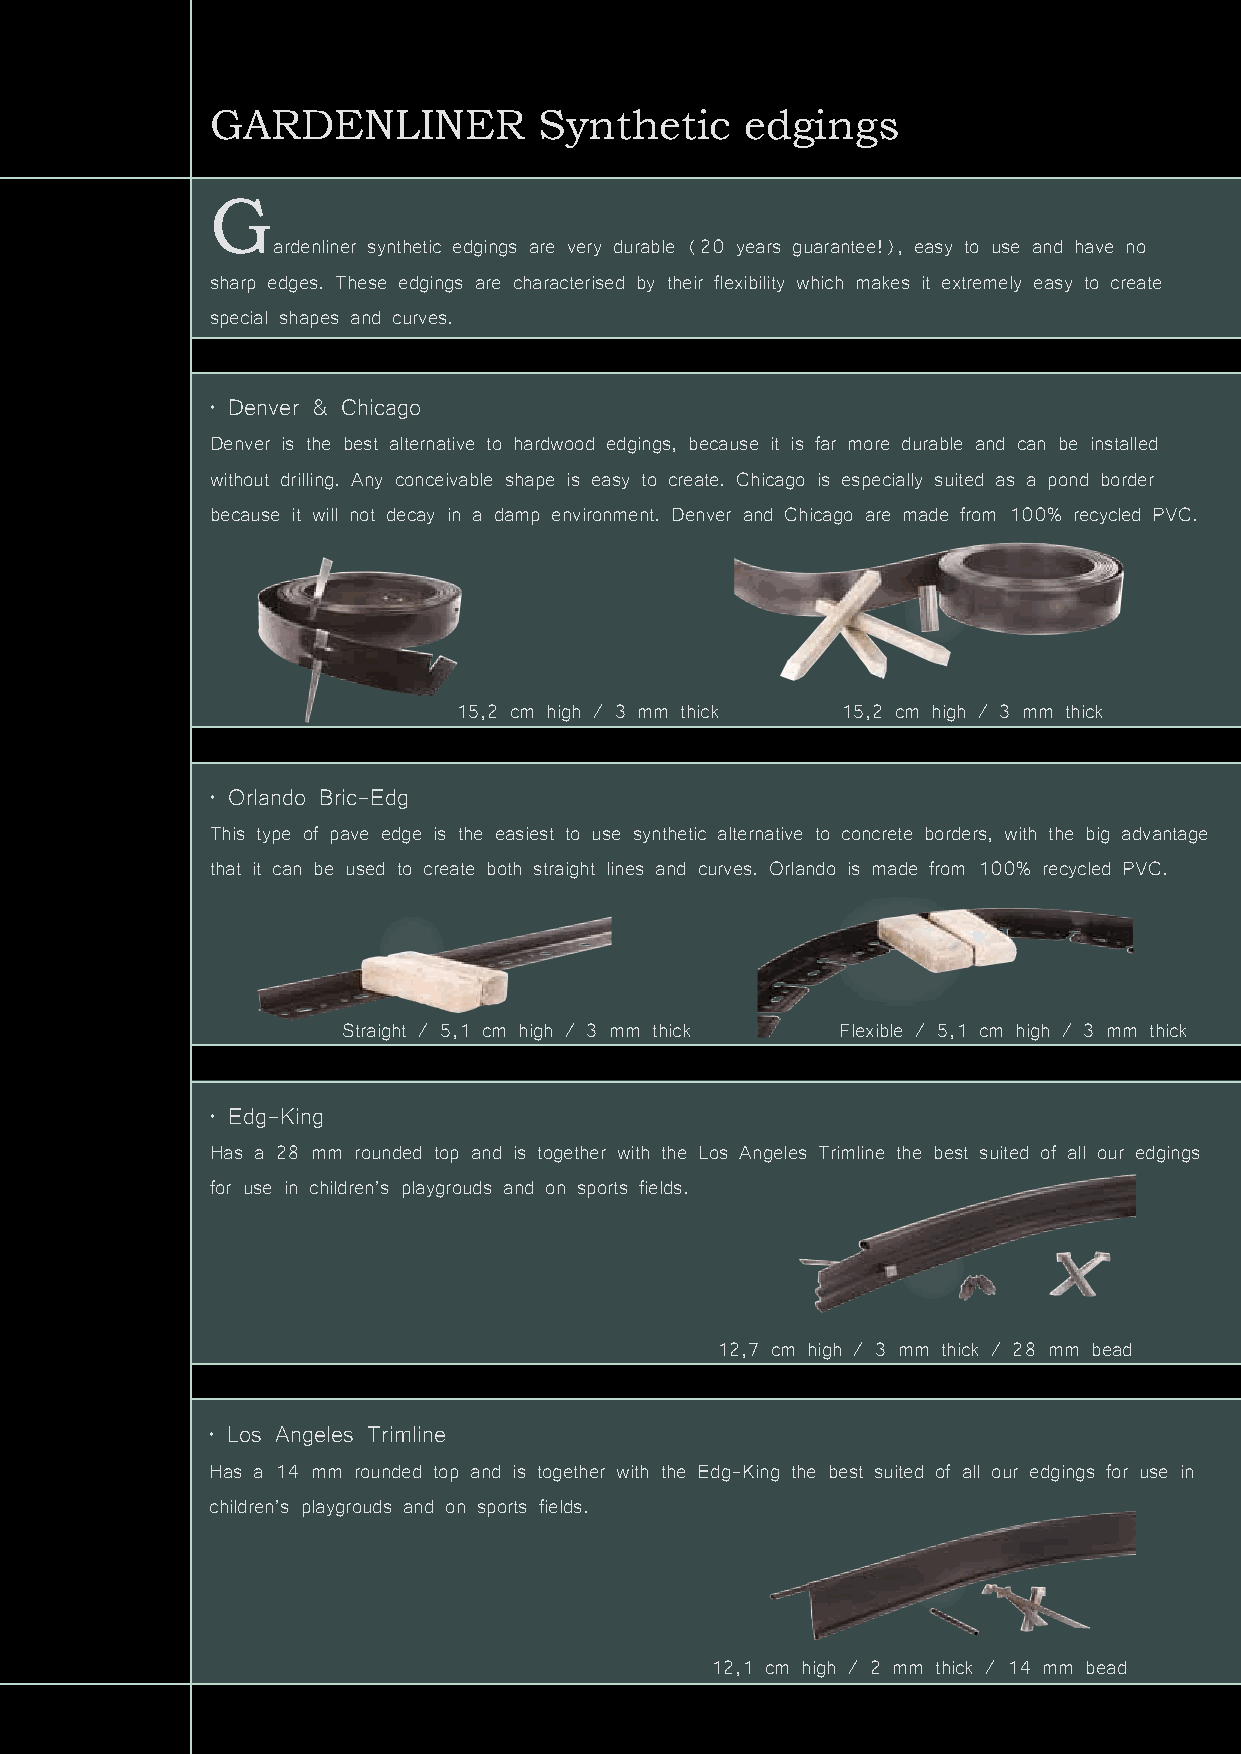
GARDENLINER           Synthetic    edgings
 G
 ardenliner synthetic edgings are very durable (20 years guarantee!), easy to use and have no
 sharp edges. These edgings are characterised by their flexibility which makes it extremely easy to create
 special shapes and curves.
 • Denver & Chicago
 Denver is the best alternative to hardwood edgings, because it is far more durable and can be installed
 without drilling. Any conceivable shape is easy to create. Chicago is especially suited as a pond border
 because it will not decay in a damp environment. Denver and Chicago are made from 100% recycled PVC.
 15,2 cm high / 3 mm thick 15,2 cm high / 3 mm thick
 • Orlando Bric-Edg
 This type of pave edge is the easiest to use synthetic alternative to concrete borders, with the big advantage
 that it can be used to create both straight lines and curves. Orlando is made from 100% recycled PVC.
 Straight / 5,1 cm high / 3 mm thick Flexible / 5,1 cm high / 3 mm thick
 • Edg-King
 Has a 28 mm rounded top and is together with the Los Angeles Trimline the best suited of all our edgings
 for use in children’s playgrouds and on sports fields.
 12,7 cm high / 3 mm thick / 28 mm bead
 • Los Angeles Trimline
 Has a 14 mm rounded top and is together with the Edg-King the best suited of all our edgings for use in
 children’s playgrouds and on sports fields.
 Flexible        and      still   very      strong...
 12,1 cm high / 2 mm thick / 14 mm bead